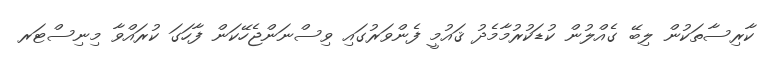
ކާރިސާތަކުން ލިބޭ ގެއްލުން ކުޑަކުރުމާމެދު ޤައުމީ ފެންވަރުގައި ވިސްނަންޖެހޭކަން ފާހަގަ ކުރައްވާ މިނިސްޓަރ